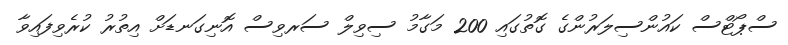
ސްޕޯޓްސް ކައުންސިލަރުންގެ ގޮތުގައި 200 މަގާމު ސިވިލް ސަރވިސް އޮނިގަނޑަށް އިތުރު ކުރެވިފައިވާ